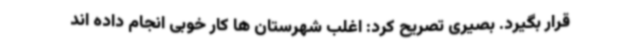
قرار بگیرد. بصیری تصریح کرد: اغلب شهرستان ها کار خوبی انجام داده اند